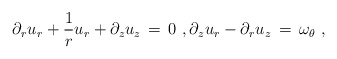
\begin{align*} \partial_r u_r + \frac{1}{r} u_r + \partial_z u_z \,=\, 0~, \partial_z u_r - \partial_r u_z \,=\, \omega_\theta~,\end{align*}